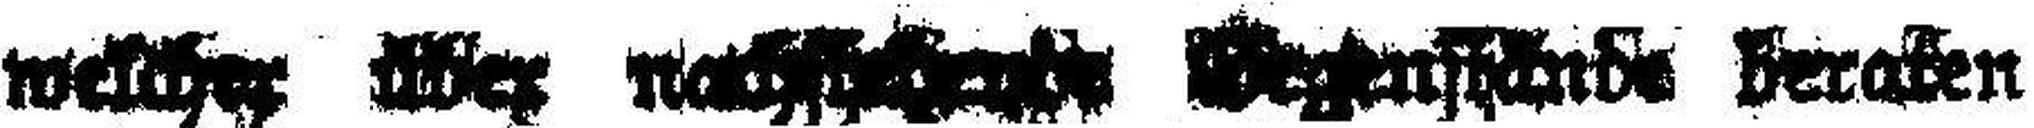
welcher über nach### beraten